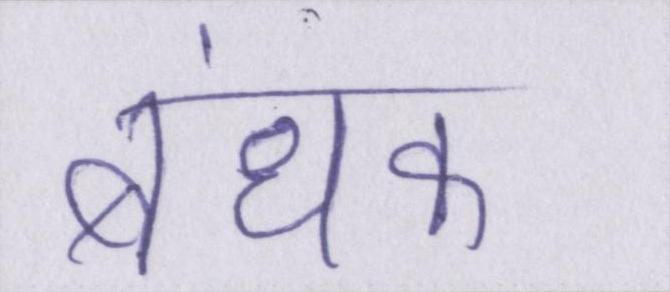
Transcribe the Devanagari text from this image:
बंधक